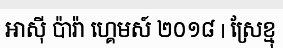
អាស៊ី ប៉ារ៉ា ហ្គេមស៍ ២០១៨ | ស្រែខ្មុ